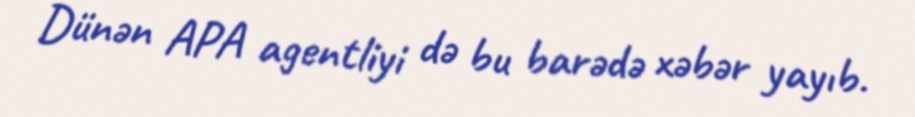
Dünən APA agentliyi də bu barədə xəbər yayıb.